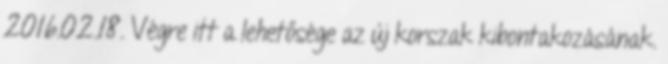
2016.02.18. Végre itt a lehetősége az új korszak kibontakozásának.